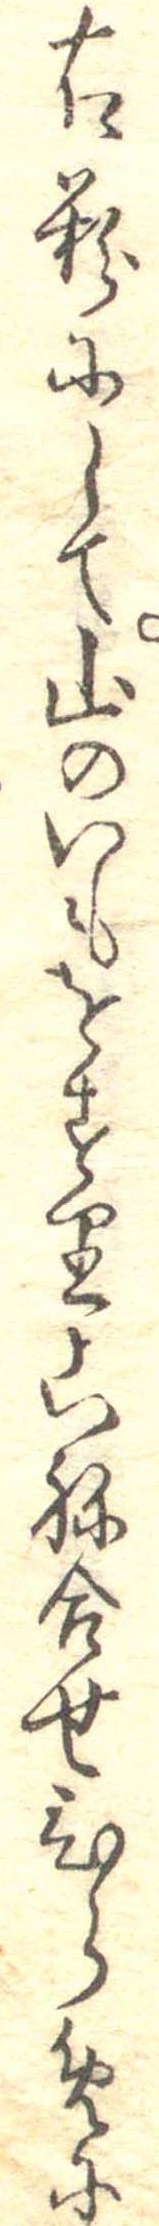
右粉にして山のいもをすりこね合せひらめに